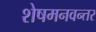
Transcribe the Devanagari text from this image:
शेषमनवन्तर